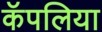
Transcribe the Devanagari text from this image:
कॅपलिया